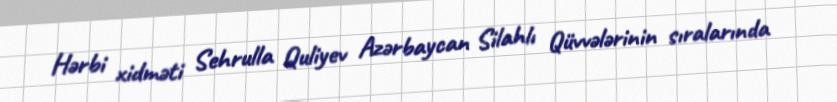
Hərbi xidməti Sehrulla Quliyev Azərbaycan Silahlı Qüvvələrinin sıralarında